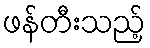
ဖန်တီးသည့်